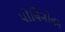
પોલિગોનમ